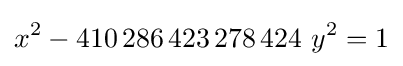
x^{2}-410\,286\,423\,278\,424\ y^{2}=1